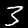
Label: 3